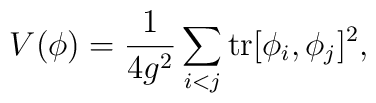
V(\phi) = \frac {1}{4g^2} \sum_{i<j} \hbox {tr}[\phi_i,\phi_j]^2,